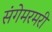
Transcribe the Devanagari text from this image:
संगेमरमरी